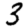
Digit: 3